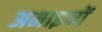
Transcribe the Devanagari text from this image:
अमाइनों